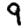
Digit: 9